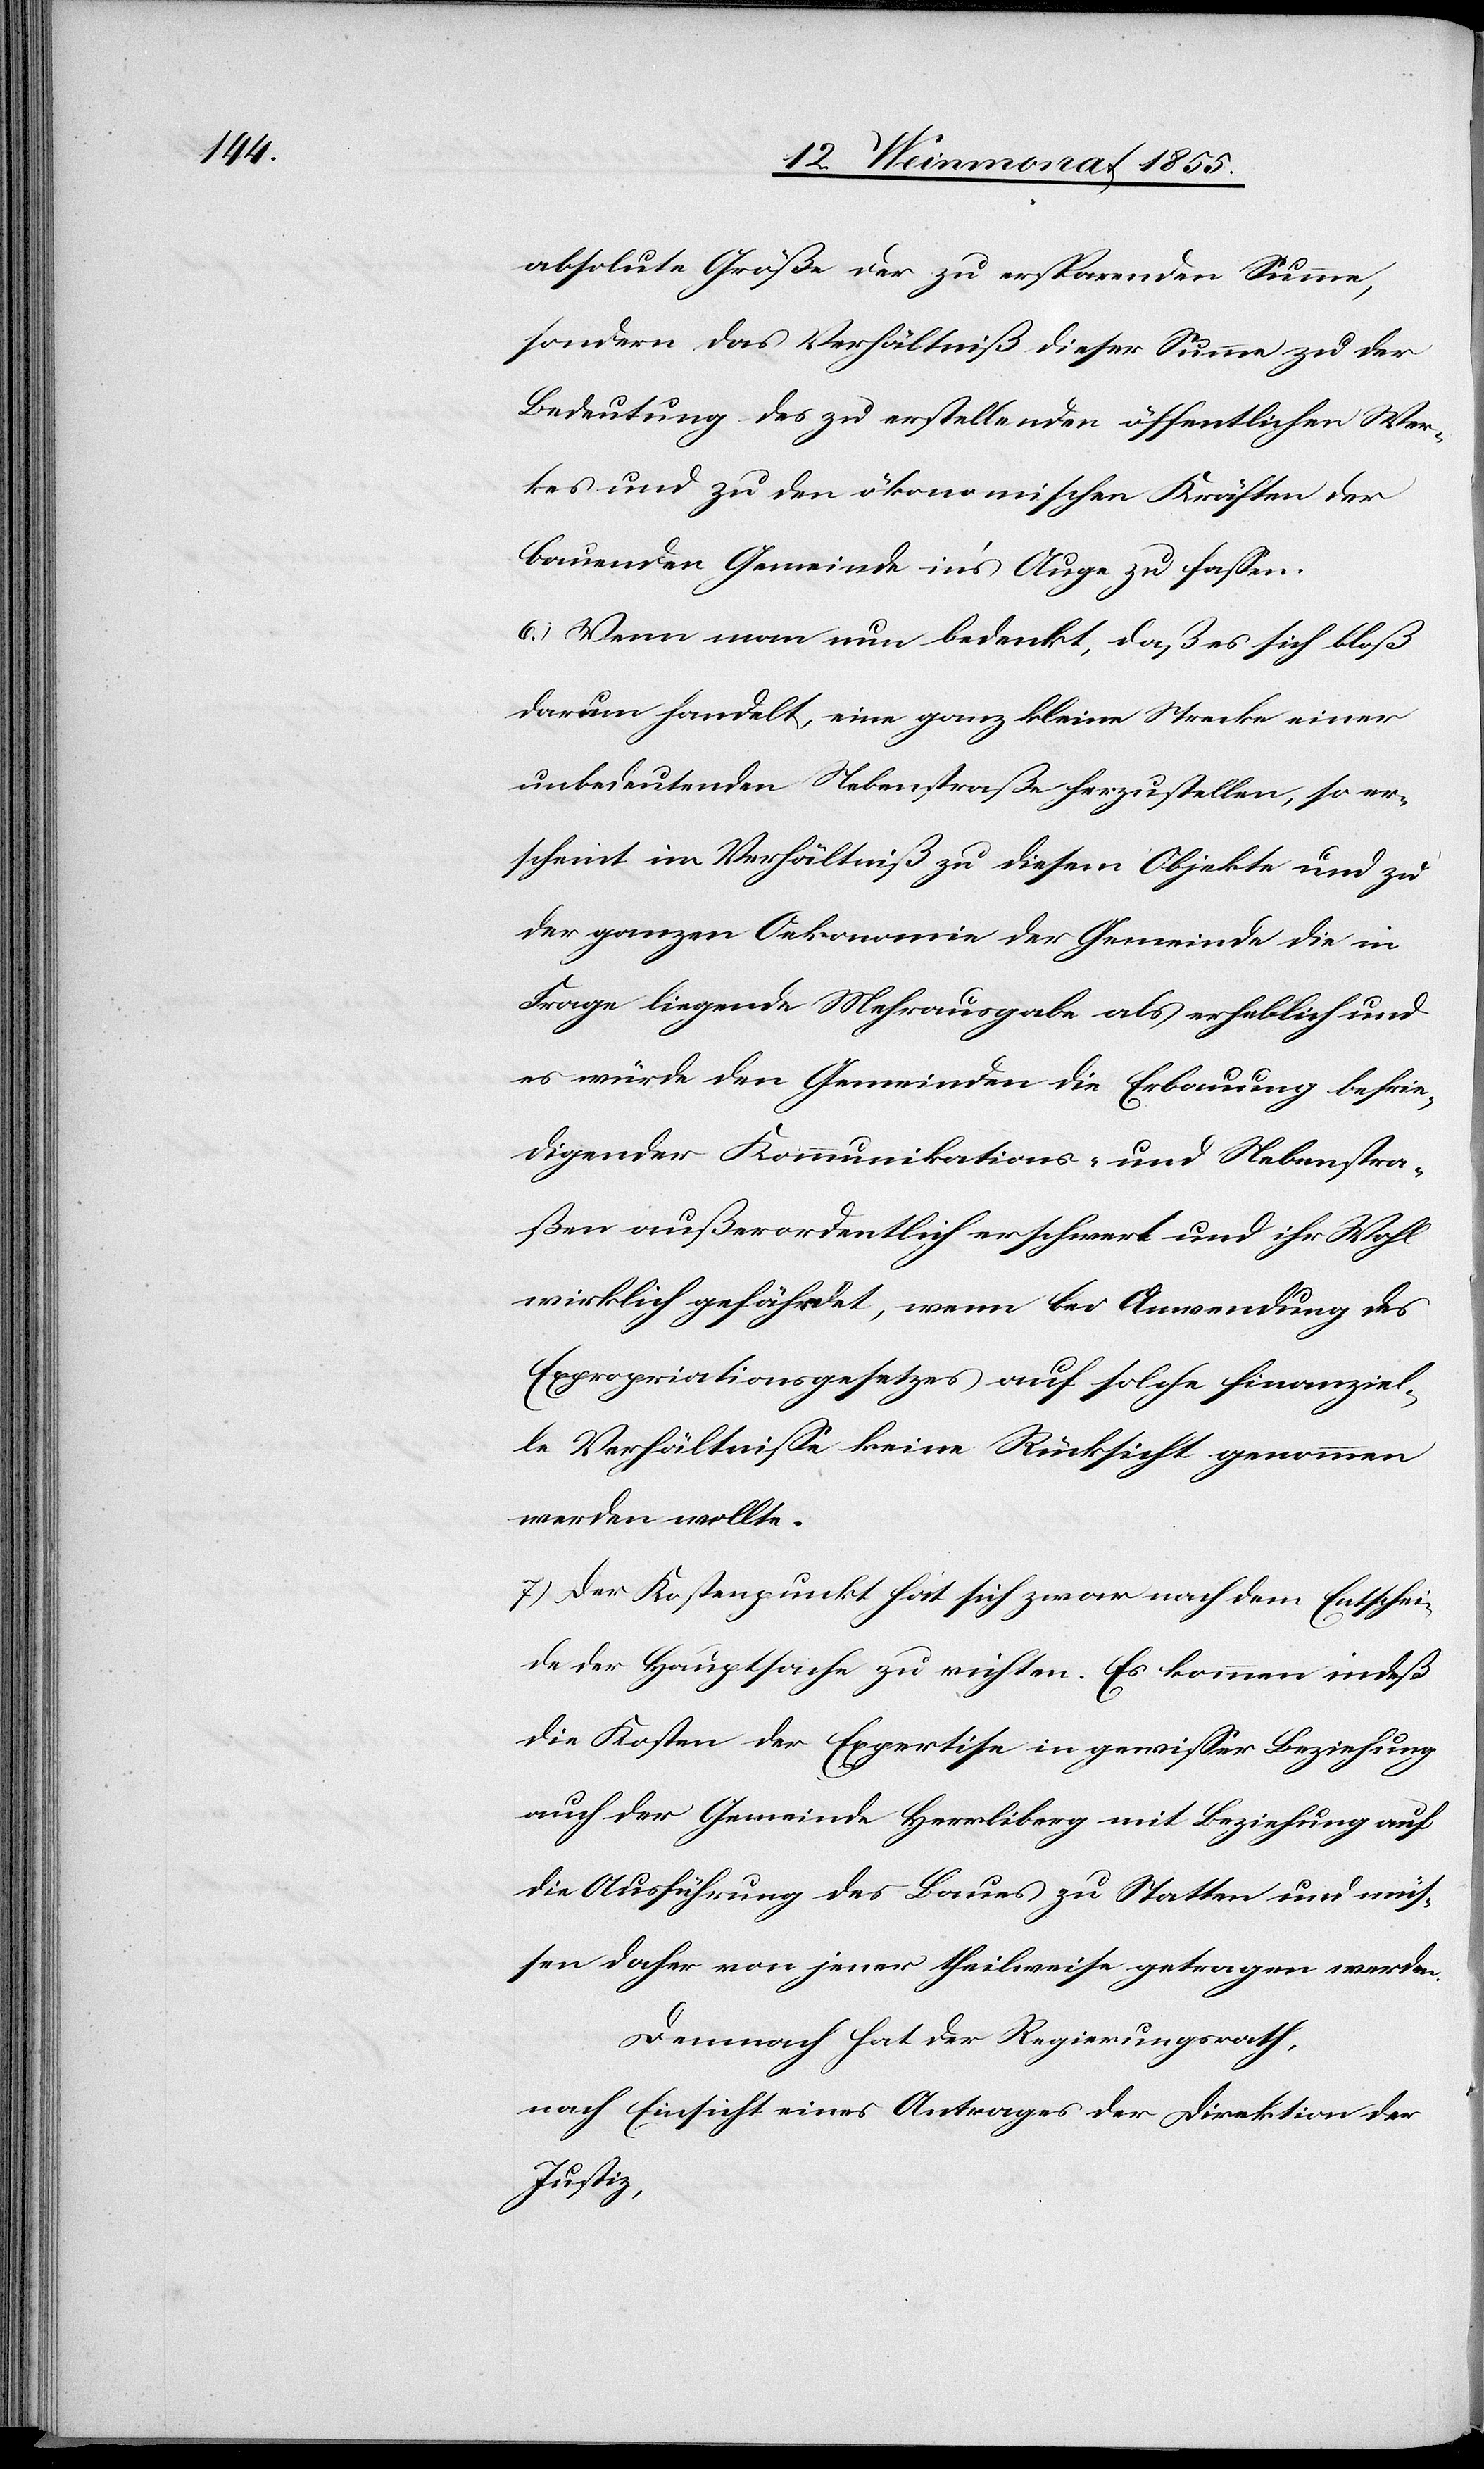
absolute Größe der zu ersparenden Summe,
sondern das Verhältniß dieser Summe zu der
Bedeutung des zu erstellenden öffentlichen Wer¬
kes und zu den ökonomischen Kräften der
bauenden Gemeinde in’s Auge zu fassen.
6.) Wenn man nun bedenkt, daß es sich bloß
darum handelt, eine ganz kleine Strecke einer
unbedeutenden Nebenstraße herzustellen, so er¬
scheint im Verhältniß zu diesem Objekte und zu
der ganzen Oekonomie der Gemeinde die in
Frage liegende Mehrausgabe als erheblich und
es würde den Gemeinden die Erbauung befrie¬
digender Kommunikations- und Nebenstra¬
ßen außerordentlich erschwert und ihr Wohl
wirklich gefährdet, wenn bei Anwendung des
Expropriationsgesetzes auf solche finanziel¬
le Verhältnisse keine Rücksicht genommen
werden wollte.
7.) Der Kostenpunkt hat sich zwar nach dem Entschei¬
de der Hauptsache zu richten. Es kommen indeß
die Kosten der Expertise in gewisser Beziehung
auch der Gemeinde Herrliberg mit Beziehung auf
die Ausführung des Baues zu Statten und müs¬
sen daher von jener theilweise getragen werden.
Demnach hat der Regierungsrath,
nach Einsicht eines Antrages der Direktion der
Justiz,